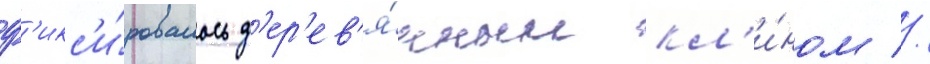
ф'икс'и́ровалось д'ер'ев'я́нным кл'и́ном //